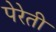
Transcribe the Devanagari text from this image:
पेरेती